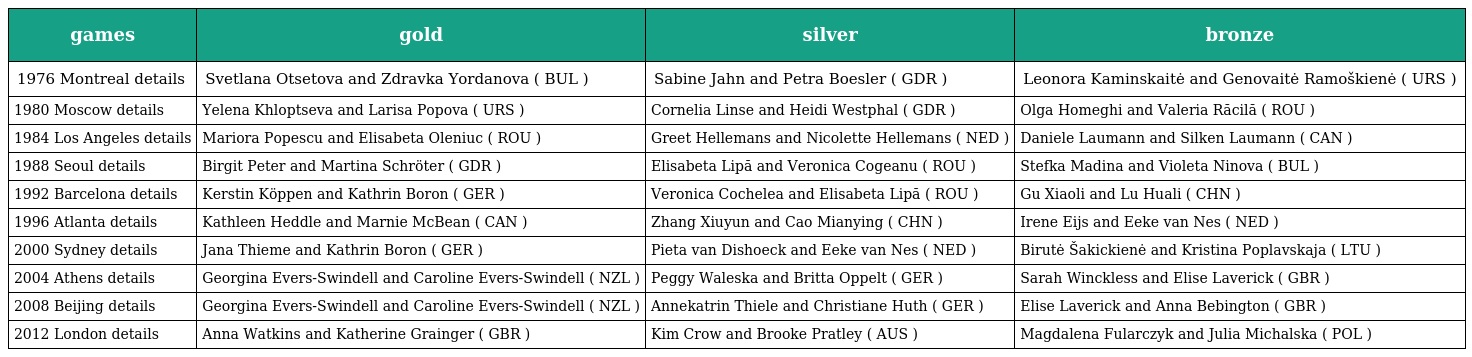
| games | gold | silver | bronze |
 | --- | --- | --- | --- |
 | 1976 Montreal details | Svetlana Otsetova and Zdravka Yordanova ( BUL ) | Sabine Jahn and Petra Boesler ( GDR ) | Leonora Kaminskaitė and Genovaitė Ramoškienė ( URS ) |
 | 1980 Moscow details | Yelena Khloptseva and Larisa Popova ( URS ) | Cornelia Linse and Heidi Westphal ( GDR ) | Olga Homeghi and Valeria Răcilă ( ROU ) |
 | 1984 Los Angeles details | Mariora Popescu and Elisabeta Oleniuc ( ROU ) | Greet Hellemans and Nicolette Hellemans ( NED ) | Daniele Laumann and Silken Laumann ( CAN ) |
 | 1988 Seoul details | Birgit Peter and Martina Schröter ( GDR ) | Elisabeta Lipă and Veronica Cogeanu ( ROU ) | Stefka Madina and Violeta Ninova ( BUL ) |
 | 1992 Barcelona details | Kerstin Köppen and Kathrin Boron ( GER ) | Veronica Cochelea and Elisabeta Lipă ( ROU ) | Gu Xiaoli and Lu Huali ( CHN ) |
 | 1996 Atlanta details | Kathleen Heddle and Marnie McBean ( CAN ) | Zhang Xiuyun and Cao Mianying ( CHN ) | Irene Eijs and Eeke van Nes ( NED ) |
 | 2000 Sydney details | Jana Thieme and Kathrin Boron ( GER ) | Pieta van Dishoeck and Eeke van Nes ( NED ) | Birutė Šakickienė and Kristina Poplavskaja ( LTU ) |
 | 2004 Athens details | Georgina Evers-Swindell and Caroline Evers-Swindell ( NZL ) | Peggy Waleska and Britta Oppelt ( GER ) | Sarah Winckless and Elise Laverick ( GBR ) |
 | 2008 Beijing details | Georgina Evers-Swindell and Caroline Evers-Swindell ( NZL ) | Annekatrin Thiele and Christiane Huth ( GER ) | Elise Laverick and Anna Bebington ( GBR ) |
 | 2012 London details | Anna Watkins and Katherine Grainger ( GBR ) | Kim Crow and Brooke Pratley ( AUS ) | Magdalena Fularczyk and Julia Michalska ( POL ) |